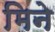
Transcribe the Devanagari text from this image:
मिने